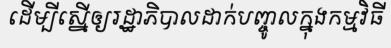
ដើម្បីស្នើឲ្យរដ្ឋាភិបាលដាក់បញ្ចូលក្នុងកម្មវិធី